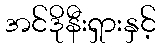
အင်ဒိုနီးရှားနှင့်